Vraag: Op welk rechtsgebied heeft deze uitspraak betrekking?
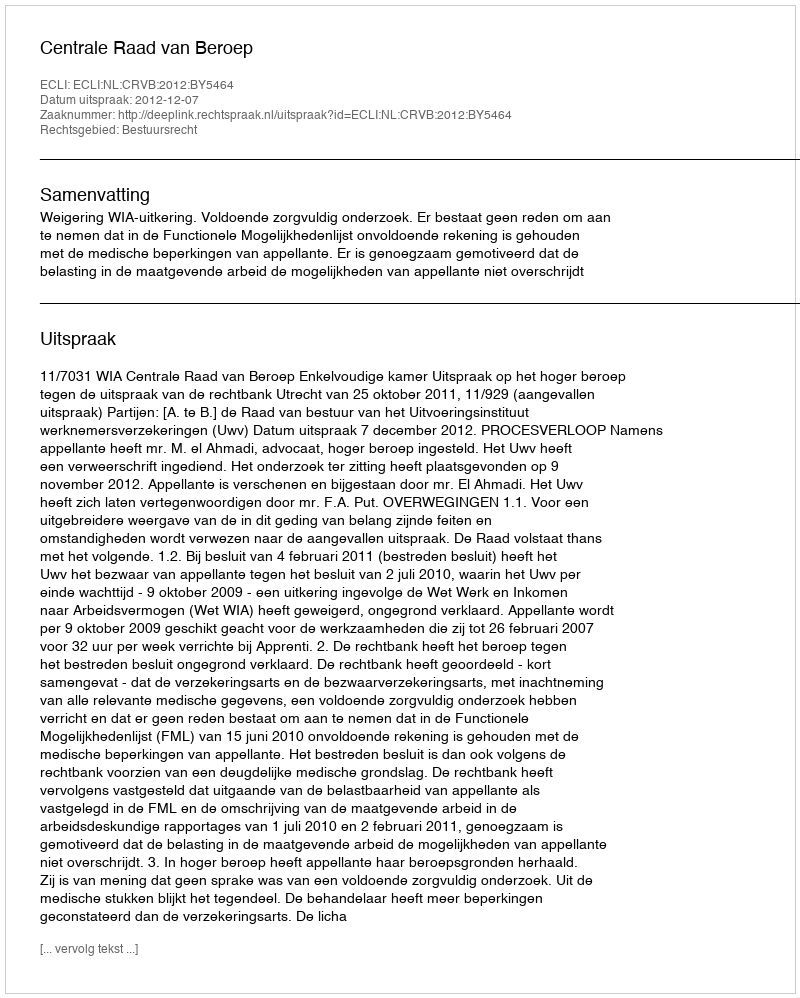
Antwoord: Bestuursrecht